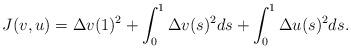
LaTeX: \begin{align*} J(v, u) = \Delta v(1)^2 + \int_0^1 \Delta v(s)^2 ds + \int_0^1 \Delta u(s)^2 ds . \end{align*}